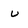
Character: U